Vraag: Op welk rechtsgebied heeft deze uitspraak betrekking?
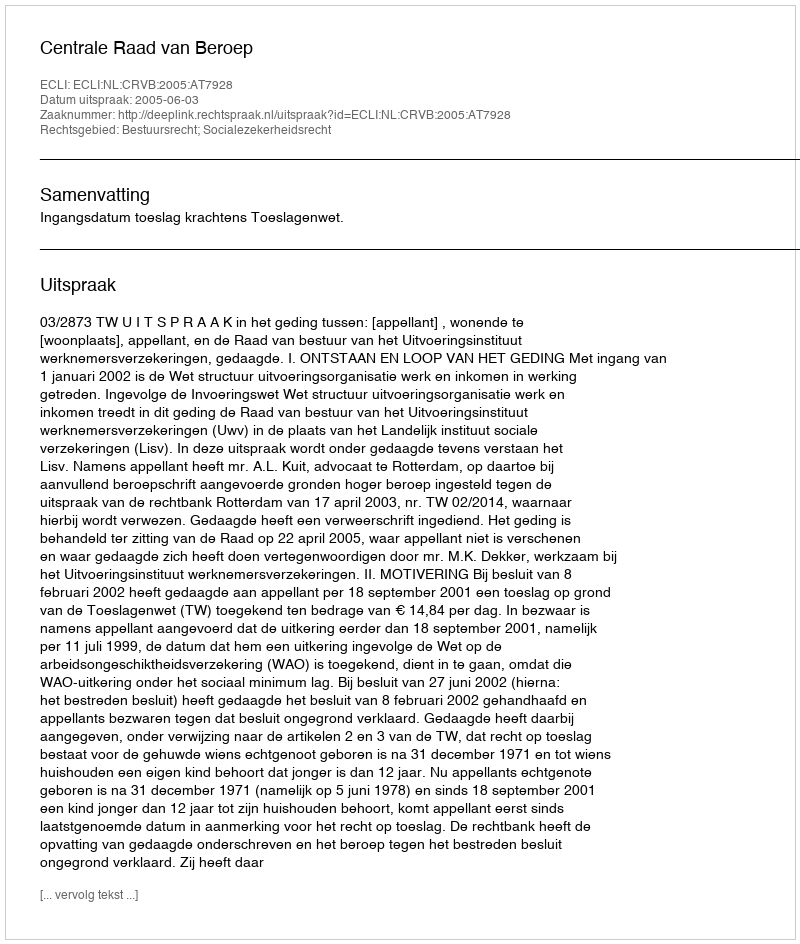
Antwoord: Bestuursrecht; Socialezekerheidsrecht